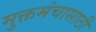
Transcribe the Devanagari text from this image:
मुक्तमंचासाठी